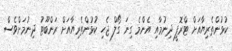
ކުޅުންތެރިޔާއަށް ޓްރޮފީ ދިނުމާއި އެންމެ ގިނަ ގޯލް ޖެހި ކުޅުންތެރިޔާއަށް ރަންބޫޓު ދިނުމަށްވެސް